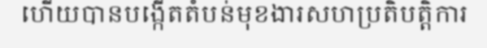
ហើយបានបង្កើតតំបន់មុខងារសហប្រតិបត្តិការ